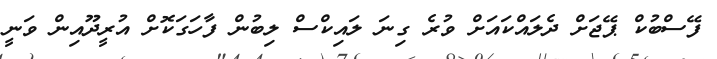
ފޭސްބުކް ޕޭޖަށް ދެލައްކައަށް ވުރެ ގިނަ ލައިކްސް ލިބުން ފާހަގަކޮށް އުރީދޫއިން ވަނީ